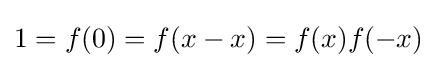
1=f(0)=f(x-x)=f(x)f(-x)